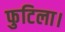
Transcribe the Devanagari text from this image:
फुटिला।